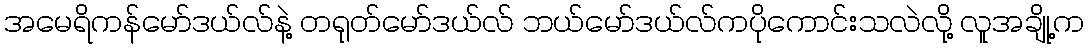
အမေရိကန်မော်ဒယ်လ်နဲ့ တရုတ်မော်ဒယ်လ် ဘယ်မော်ဒယ်လ်ကပိုကောင်းသလဲလို့ လူအချို့က